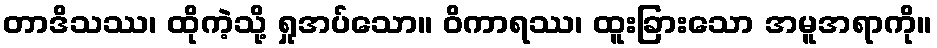
တာဒိသဿ၊ ထိုကဲ့သို့ ရှုအပ်သော။ ဝိကာရဿ၊ ထူးခြားသော အမူအရာကို။